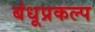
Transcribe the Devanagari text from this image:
बंधूप्रकल्प